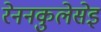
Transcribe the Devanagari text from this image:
रेननकुलेसेइ